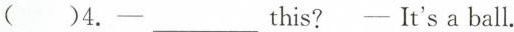
( )4.—___ this? — It's a ball.